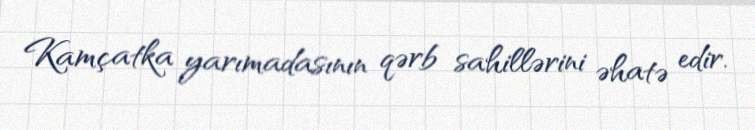
Kamçatka yarımadasının qərb sahillərini əhatə edir.